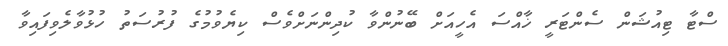
ސްޓާ ޓިއުޝަން ސެންޓަރީ ޚާއްސަ އެހީއަށް ބޭނުންވާ ކުދިންނަށްވެސް ކިޔެވުމުގެ ފުރުސަތު ހުޅުވާލެވިފައިވާ